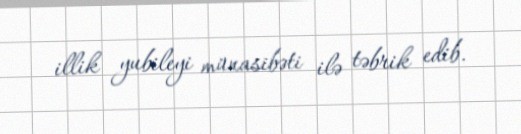
illik yubileyi münasibəti ilə təbrik edib.